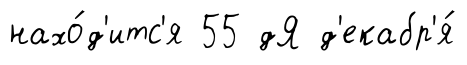
нахо́д'итс'я 55 дЯ д'екабр'я́